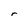
Character: r